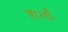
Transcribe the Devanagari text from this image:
शर्तां